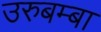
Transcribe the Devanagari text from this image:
उरुबम्बा